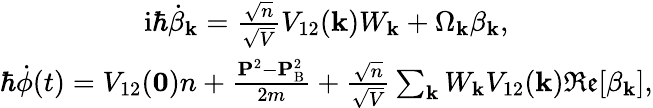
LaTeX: \begin{array}{r}{\begin{array}{c}{\mathrm{i}\hbar\dot{\beta}_{\mathbf{k}}=\frac{\sqrt{n}}{\sqrt{V}}V_{\mathrm{12}}(\mathbf{k})W_{\mathbf{k}}+\Omega_{\mathbf{k}}\beta_{\mathbf{k}},}\\ {\hbar\dot{\phi}(t)=V_{\mathrm{12}}(\mathbf{0})n+\frac{\mathbf{P}^{2}-\mathbf{P}_{\textrm{B}}^{2}}{2m}+\frac{\sqrt{n}}{\sqrt{V}}\sum_{\mathbf{k}}W_{\mathbf{k}}V_{\mathrm{12}}(\mathbf{k})\mathfrak{Re}[\beta_{\mathbf{k}}],}\end{array}}\end{array}